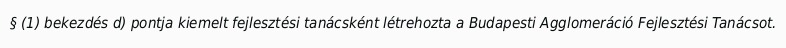
§ (1) bekezdés d) pontja kiemelt fejlesztési tanácsként létrehozta a Budapesti Agglomeráció Fejlesztési Tanácsot.